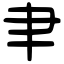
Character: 𦘒